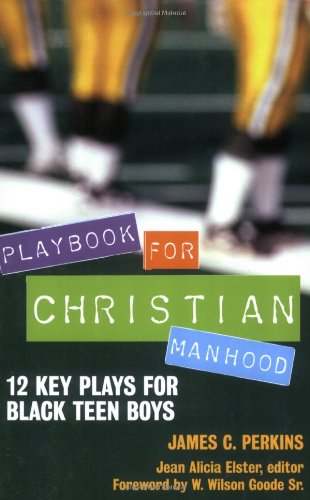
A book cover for Playbook for Christian Manhood: 12 Key Plays for Black Teen Boys; James C. Perkins; Literature & Fiction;